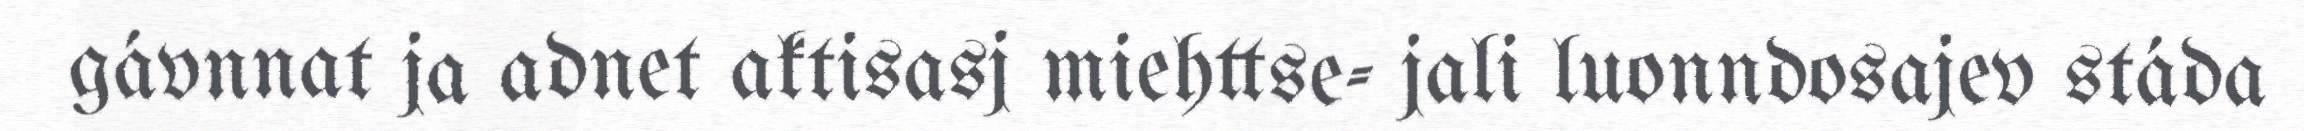
gávnnat ja adnet aktisasj miehttse- jali luonndosajev stáda